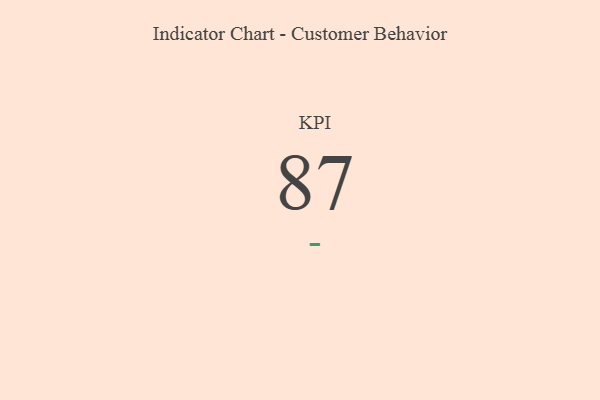
{"axis": {"x": "KPI", "y": "Value"}, "legend": [""], "data": [{"x": "KPI", "y": 87, "type": ""}]}